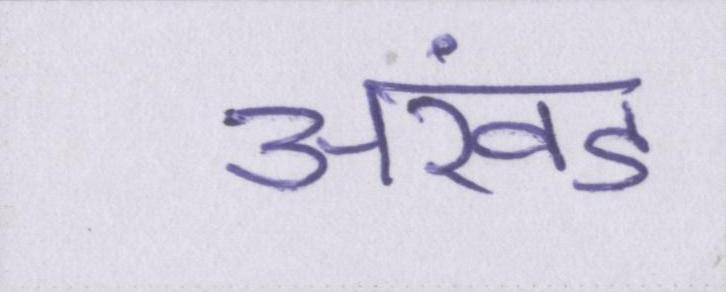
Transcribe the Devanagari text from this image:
अखंड